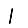
Digit: 1